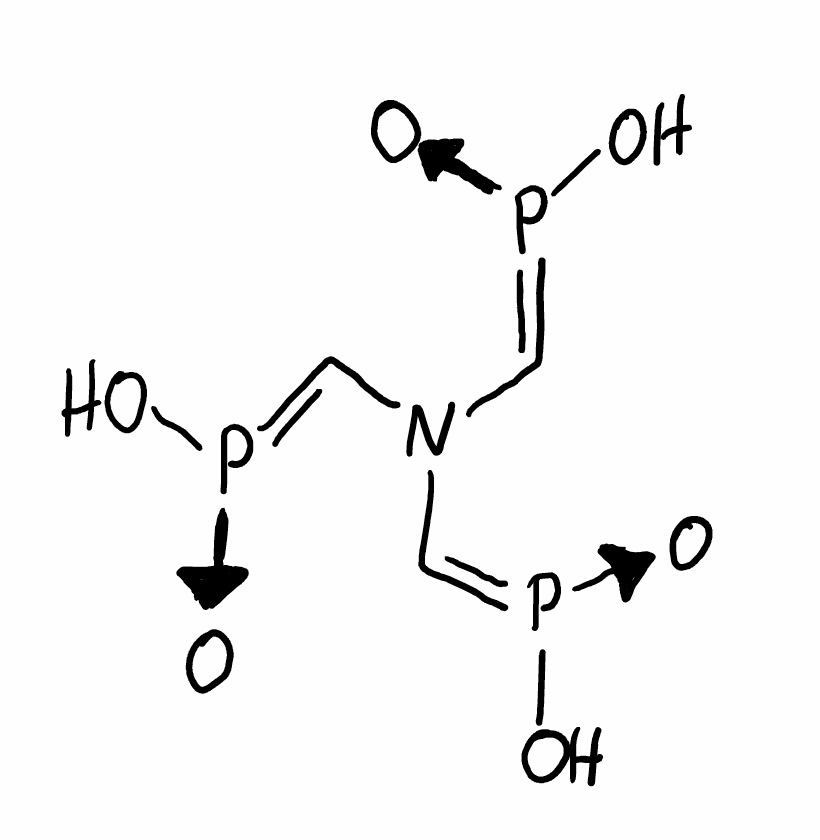
Simplified molecular-input line-entry system (SMILES) notation of the given molecule:
C(=[P+](O)[O-])N(C=[P+](O)[O-])C=[P+](O)[O-]